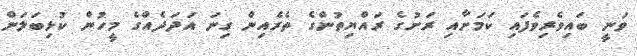
ވަނީ ބައިވެރިވެފައި ކަމަށާއި ރަށުގެ ރައްޔިތުންގެ ތެރެއިން ގިނަ އަދަދެއްގެ މީހުން ކުޅިބަލަން